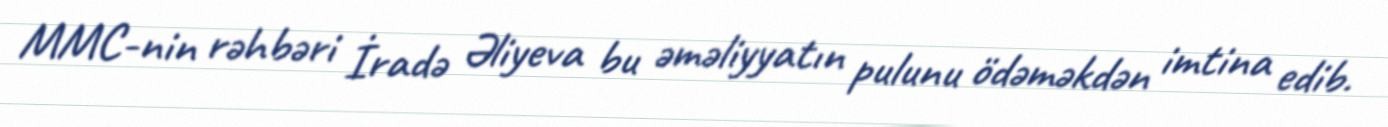
MMC-nin rəhbəri İradə Əliyeva bu əməliyyatın pulunu ödəməkdən imtina edib.